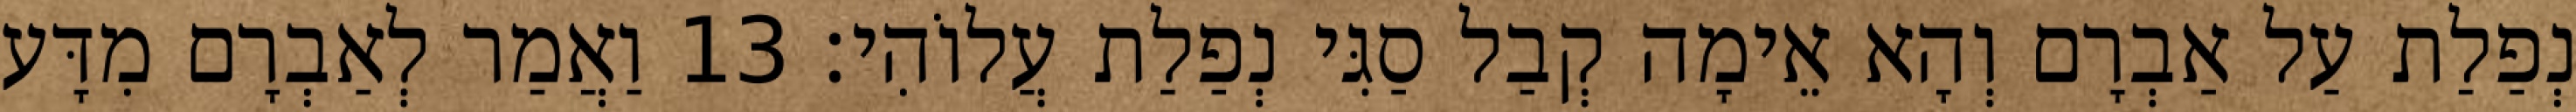
נְפַלַת עַל אַבְרָם וְהָא אֵימָה קְבַל סַגִּי נְפַלַת עֲלוֹהִי׃ 13 וַאֲמַר לְאַבְרָם מִדָּע